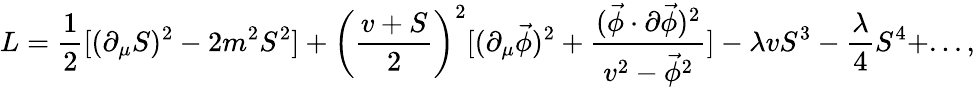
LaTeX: L={\frac{1}{2}}[(\partial_{\mu}S)^{2}-2m^{2}S^{2}]+\left({\frac{v+S}{2}}\right)^{2}[(\partial_{\mu}\vec{\phi})^{2}+{\frac{(\vec{\phi}\cdot\partial\vec{\phi})^{2}}{v^{2}-\vec{\phi}^{2}}}]-\lambda vS^{3}-{\frac{\lambda}{4}}S^{4}+...,